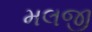
મલજી